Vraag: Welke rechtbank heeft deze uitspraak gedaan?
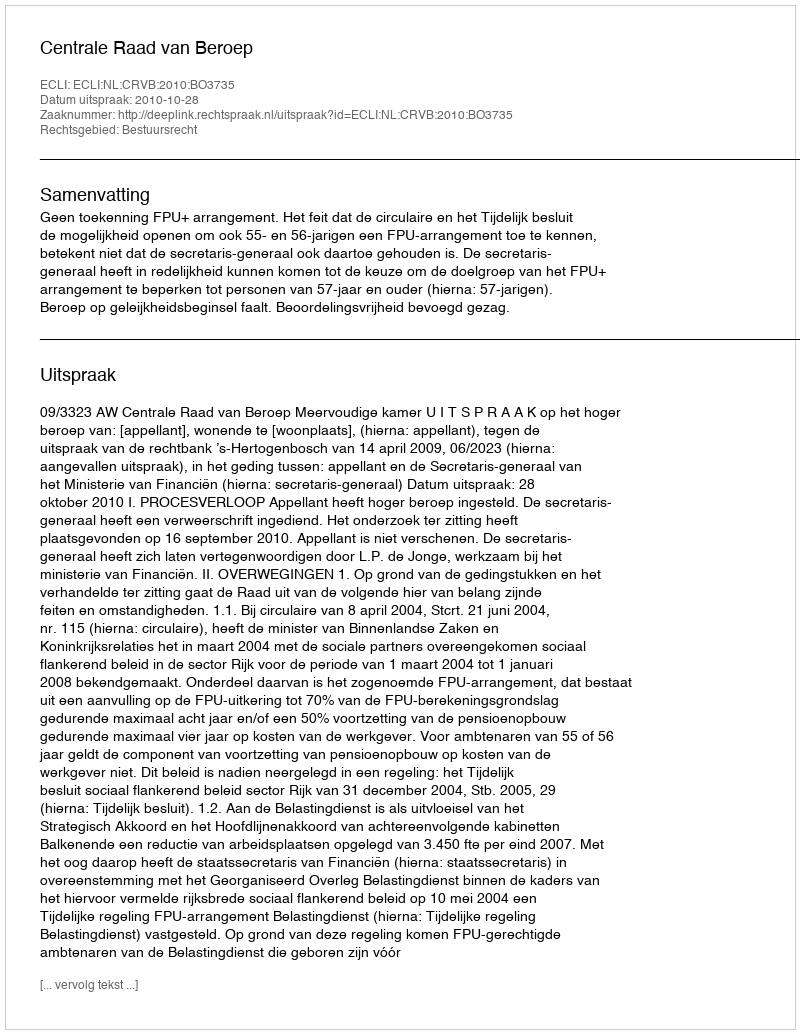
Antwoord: Centrale Raad van Beroep